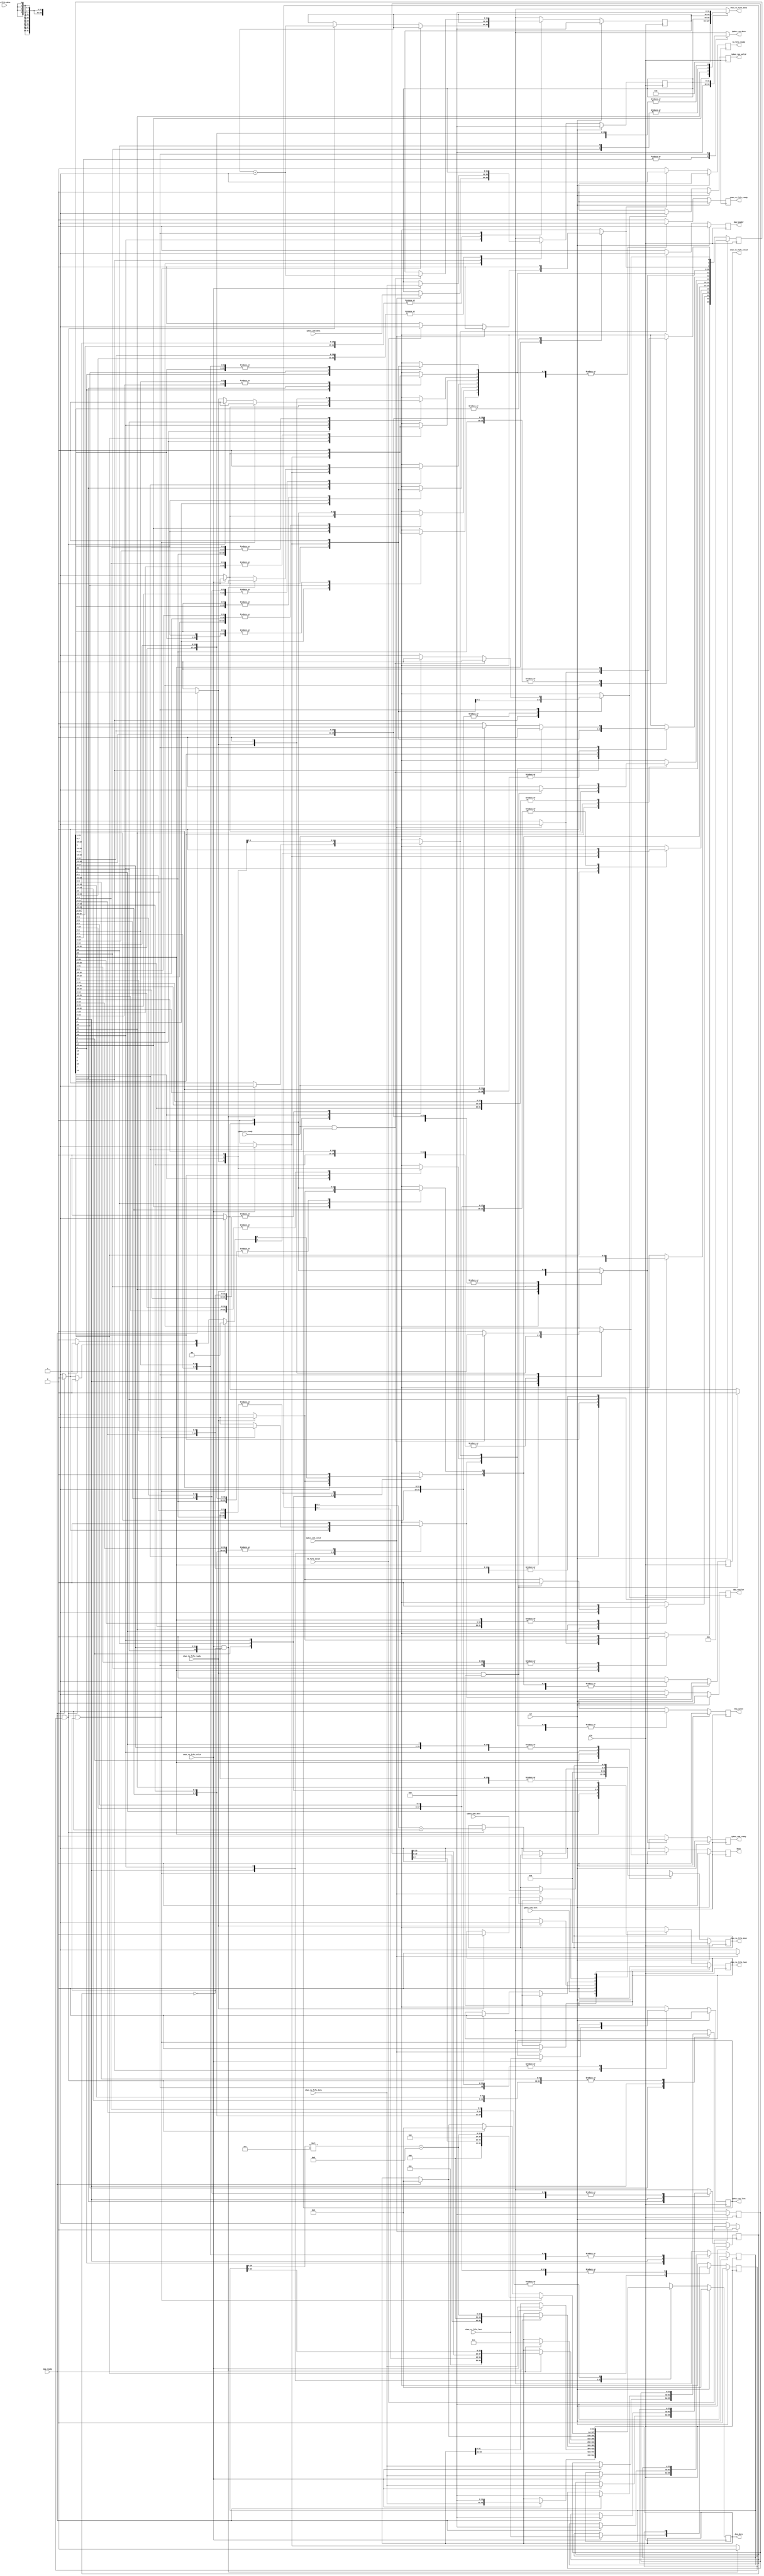
module commandManager (
  output reg busy,
  output reg chan_rx_fifo_ready,
  output reg [31:0] chan_tx_fifo_data,
  output reg [3:0] chan_tx_fifo_dest,
  output reg chan_tx_fifo_last,
  output reg chan_tx_fifo_valid,
  output reg [63:0] daq_data,
  output reg daq_header,
  output reg daq_trailer,
  output reg daq_valid,
  output reg ipbus_cmd_ready,
  output reg [31:0] ipbus_res_data,
  output reg ipbus_res_last,
  output reg ipbus_res_valid,
  output reg tm_fifo_ready,
  input wire [31:0] chan_rx_fifo_data,
  input wire chan_rx_fifo_last,
  input wire chan_rx_fifo_valid,
  input wire chan_tx_fifo_ready,
  input wire clk,
  input wire daq_ready,
  input wire [31:0] ipbus_cmd_data,
  input wire [3:0] ipbus_cmd_dest,
  input wire ipbus_cmd_last,
  input wire ipbus_cmd_valid,
  input wire ipbus_res_ready,
  input wire rst,
  input wire [23:0] tm_fifo_data,
  input wire tm_fifo_valid 
);
  
  // state bits
  parameter 
  IDLE                      = 0, 
  CHECK_LAST                = 1, 
  GET_TRIG_NUM              = 2, 
  READ_CHAN_BUF_SIZE        = 3, 
  READ_CHAN_CHAN_NUM        = 4, 
  READ_CHAN_DATA1           = 5, 
  READ_CHAN_DATA2           = 6, 
  READ_CHAN_POST_TRIG_COUNT = 7, 
  READ_CHAN_RC              = 8, 
  READ_CHAN_RSN             = 9, 
  READ_CHAN_TRIG_NUM        = 10, 
  READ_IPBUS_CMD            = 11, 
  READ_IPBUS_RES            = 12, 
  READ_IPBUS_RSN            = 13, 
  SEND_AMC13_HEADER1        = 14, 
  SEND_AMC13_HEADER2        = 15, 
  SEND_AMC13_TRAILER        = 16, 
  SEND_CHAN_CC              = 17, 
  SEND_CHAN_CSN             = 18, 
  SEND_CHAN_DATA            = 19, 
  SEND_CHAN_HEADER          = 20, 
  SEND_IPBUS_CMD            = 21, 
  SEND_IPBUS_CSN            = 22, 
  SEND_IPBUS_RES            = 23; 
  
  reg [23:0] state;
  reg [23:0] nextstate;
  reg [31:0] buf_size_buf;
  reg chan_data_last;
  reg [31:0] chan_num_buf;
  reg [31:0] csn;
  reg [31:0] ipbus_buf;
  reg [31:0] trig_num_buf;
  reg [31:0] next_buf_size_buf;
  reg next_chan_data_last;
  reg [31:0] next_chan_num_buf;
  reg [3:0] next_chan_tx_fifo_dest;
  reg next_chan_tx_fifo_last;
  reg [31:0] next_csn;
  reg [63:0] next_daq_data;
  reg [31:0] next_ipbus_buf;
  reg next_ipbus_res_last;
  reg [31:0] next_trig_num_buf;
  
  // comb always block
  always @* begin
    nextstate = 24'b000000000000000000000000;
    chan_tx_fifo_data[31:0] = 0; // default
    ipbus_res_data[31:0] = 0; // default
    next_buf_size_buf[31:0] = buf_size_buf[31:0];
    next_chan_data_last = chan_data_last;
    next_chan_num_buf[31:0] = chan_num_buf[31:0];
    next_chan_tx_fifo_dest[3:0] = chan_tx_fifo_dest[3:0];
    next_chan_tx_fifo_last = chan_tx_fifo_last;
    next_csn[31:0] = csn[31:0];
    next_daq_data[63:0] = daq_data[63:0];
    next_ipbus_buf[31:0] = ipbus_buf[31:0];
    next_ipbus_res_last = ipbus_res_last;
    next_trig_num_buf[31:0] = trig_num_buf[31:0];
    case (1'b1) // synopsys parallel_case full_case
      state[IDLE]                     : begin
        if (ipbus_cmd_valid) begin
          nextstate[SEND_IPBUS_CSN] = 1'b1;
          next_chan_tx_fifo_last = 0;
          next_chan_tx_fifo_dest[3:0] = ipbus_cmd_dest[3:0];
        end
        else if (tm_fifo_valid) begin
          nextstate[GET_TRIG_NUM] = 1'b1;
        end
        else begin
          nextstate[IDLE] = 1'b1; // Added because implied_loopback is true
        end
      end
      state[CHECK_LAST]               : begin
        begin
          nextstate[SEND_IPBUS_CMD] = 1'b1;
          next_chan_tx_fifo_last = ipbus_cmd_last;
        end
      end
      state[GET_TRIG_NUM]             : begin
        begin
          nextstate[SEND_CHAN_CSN] = 1'b1;
          next_chan_tx_fifo_last = 0;
          next_chan_tx_fifo_dest[3:0] = 0;
        end
      end
      state[READ_CHAN_BUF_SIZE]       : begin
        if (chan_rx_fifo_valid) begin
          nextstate[READ_CHAN_CHAN_NUM] = 1'b1;
          next_buf_size_buf[31:0] = chan_rx_fifo_data[31:0];
        end
        else begin
          nextstate[READ_CHAN_BUF_SIZE] = 1'b1; // Added because implied_loopback is true
        end
      end
      state[READ_CHAN_CHAN_NUM]       : begin
        if (chan_rx_fifo_valid) begin
          nextstate[READ_CHAN_POST_TRIG_COUNT] = 1'b1;
          next_chan_num_buf[31:0] = chan_rx_fifo_data[31:0];
        end
        else begin
          nextstate[READ_CHAN_CHAN_NUM] = 1'b1; // Added because implied_loopback is true
        end
      end
      state[READ_CHAN_DATA1]          : begin
        if (chan_rx_fifo_valid) begin
          nextstate[READ_CHAN_DATA2] = 1'b1;
          next_daq_data[63:0] = {chan_rx_fifo_data[31:0],32'h00000000};
        end
        else begin
          nextstate[READ_CHAN_DATA1] = 1'b1; // Added because implied_loopback is true
        end
      end
      state[READ_CHAN_DATA2]          : begin
        if (chan_rx_fifo_valid) begin
          nextstate[SEND_CHAN_DATA] = 1'b1;
          next_daq_data[63:0] = {daq_data[63:32],chan_rx_fifo_data[31:0]};
          next_chan_data_last = chan_rx_fifo_last;
        end
        else begin
          nextstate[READ_CHAN_DATA2] = 1'b1; // Added because implied_loopback is true
        end
      end
      state[READ_CHAN_POST_TRIG_COUNT]: begin
        if (chan_rx_fifo_valid && chan_num_buf[31:0]==32'h0) begin
          nextstate[SEND_AMC13_HEADER1] = 1'b1;
          next_daq_data[63:0] = {{8'h00,trig_num_buf[24:0]},{12'h000,buf_size_buf[19:0]*5+8}};
        end
        else if (chan_rx_fifo_valid) begin
          nextstate[SEND_CHAN_HEADER] = 1'b1;
        end
        else begin
          nextstate[READ_CHAN_POST_TRIG_COUNT] = 1'b1; // Added because implied_loopback is true
        end
      end
      state[READ_CHAN_RC]             : begin
        if (chan_rx_fifo_valid) begin
          nextstate[READ_CHAN_TRIG_NUM] = 1'b1;
        end
        else begin
          nextstate[READ_CHAN_RC] = 1'b1; // Added because implied_loopback is true
        end
      end
      state[READ_CHAN_RSN]            : begin
        if (chan_rx_fifo_valid) begin
          nextstate[READ_CHAN_RC] = 1'b1;
        end
        else begin
          nextstate[READ_CHAN_RSN] = 1'b1; // Added because implied_loopback is true
        end
      end
      state[READ_CHAN_TRIG_NUM]       : begin
        if (chan_rx_fifo_valid) begin
          nextstate[READ_CHAN_BUF_SIZE] = 1'b1;
          next_trig_num_buf[31:0] = chan_rx_fifo_data[31:0];
        end
        else begin
          nextstate[READ_CHAN_TRIG_NUM] = 1'b1; // Added because implied_loopback is true
        end
      end
      state[READ_IPBUS_CMD]           : begin
        if (ipbus_cmd_valid) begin
          nextstate[CHECK_LAST] = 1'b1;
          next_ipbus_buf[31:0] = ipbus_cmd_data[31:0];
        end
        else begin
          nextstate[READ_IPBUS_CMD] = 1'b1; // Added because implied_loopback is true
        end
      end
      state[READ_IPBUS_RES]           : begin
        if (chan_rx_fifo_valid) begin
          nextstate[SEND_IPBUS_RES] = 1'b1;
          next_ipbus_res_last = chan_rx_fifo_last;
          next_ipbus_buf[31:0] = chan_rx_fifo_data[31:0];
        end
        else begin
          nextstate[READ_IPBUS_RES] = 1'b1; // Added because implied_loopback is true
        end
      end
      state[READ_IPBUS_RSN]           : begin
        if (chan_rx_fifo_valid) begin
          nextstate[READ_IPBUS_RES] = 1'b1;
        end
        else begin
          nextstate[READ_IPBUS_RSN] = 1'b1; // Added because implied_loopback is true
        end
      end
      state[SEND_AMC13_HEADER1]       : begin
        if (daq_ready) begin
          nextstate[SEND_AMC13_HEADER2] = 1'b1;
          next_daq_data[63:0] = 64'h0000000000000001;
        end
        else begin
          nextstate[SEND_AMC13_HEADER1] = 1'b1; // Added because implied_loopback is true
        end
      end
      state[SEND_AMC13_HEADER2]       : begin
        if (daq_ready) begin
          nextstate[SEND_CHAN_HEADER] = 1'b1;
          next_daq_data[63:0] = {{8'h01,chan_num_buf[7:0]},{trig_num_buf[23:0],buf_size_buf[23:0]}};
        end
        else begin
          nextstate[SEND_AMC13_HEADER2] = 1'b1; // Added because implied_loopback is true
        end
      end
      state[SEND_AMC13_TRAILER]       : begin
        if (daq_ready) begin
          nextstate[IDLE] = 1'b1;
          next_daq_data[63:0] = 0;
          next_chan_num_buf[31:0] = 0;
          next_buf_size_buf[31:0] = 0;
          next_trig_num_buf[31:0] = 0;
        end
        else begin
          nextstate[SEND_AMC13_TRAILER] = 1'b1; // Added because implied_loopback is true
        end
      end
      state[SEND_CHAN_CC]             : begin
        chan_tx_fifo_data[31:0] = 32'h8;
        if (chan_tx_fifo_ready) begin
          nextstate[READ_CHAN_RSN] = 1'b1;
        end
        else begin
          nextstate[SEND_CHAN_CC] = 1'b1; // Added because implied_loopback is true
        end
      end
      state[SEND_CHAN_CSN]            : begin
        chan_tx_fifo_data[31:0] = csn[31:0];
        if (chan_tx_fifo_ready) begin
          nextstate[SEND_CHAN_CC] = 1'b1;
          next_chan_tx_fifo_last = 1;
        end
        else begin
          nextstate[SEND_CHAN_CSN] = 1'b1; // Added because implied_loopback is true
        end
      end
      state[SEND_CHAN_DATA]           : begin
        if (daq_ready && chan_data_last && chan_num_buf[31:0]==32'h0) begin
          nextstate[SEND_AMC13_TRAILER] = 1'b1;
          next_daq_data[63:0] = {32'h00000000,{{trig_num_buf[7:0],4'h0},buf_size_buf[19:0]*5+8}};
        end
        else if (daq_ready && chan_data_last) begin
          nextstate[SEND_CHAN_CSN] = 1'b1;
          next_daq_data[63:0] = 0;
          next_chan_tx_fifo_last = 0;
          next_chan_tx_fifo_dest[3:0] = chan_num_buf[3:0]+1;
          next_csn[31:0] = csn[31:0]+1;
        end
        else if (daq_ready) begin
          nextstate[READ_CHAN_DATA1] = 1'b1;
          next_daq_data[63:0] = 0;
        end
        else begin
          nextstate[SEND_CHAN_DATA] = 1'b1; // Added because implied_loopback is true
        end
      end
      state[SEND_CHAN_HEADER]         : begin
        if (daq_ready) begin
          nextstate[READ_CHAN_DATA1] = 1'b1;
        end
        else begin
          nextstate[SEND_CHAN_HEADER] = 1'b1; // Added because implied_loopback is true
        end
      end
      state[SEND_IPBUS_CMD]           : begin
        chan_tx_fifo_data[31:0] = ipbus_buf[31:0];
        if (chan_tx_fifo_ready && chan_tx_fifo_last) begin
          nextstate[READ_IPBUS_RSN] = 1'b1;
        end
        else if (chan_tx_fifo_ready) begin
          nextstate[READ_IPBUS_CMD] = 1'b1;
          next_chan_tx_fifo_last = 0;
        end
        else begin
          nextstate[SEND_IPBUS_CMD] = 1'b1; // Added because implied_loopback is true
        end
      end
      state[SEND_IPBUS_CSN]           : begin
        chan_tx_fifo_data[31:0] = csn[31:0];
        if (chan_tx_fifo_ready) begin
          nextstate[READ_IPBUS_CMD] = 1'b1;
        end
        else begin
          nextstate[SEND_IPBUS_CSN] = 1'b1; // Added because implied_loopback is true
        end
      end
      state[SEND_IPBUS_RES]           : begin
        ipbus_res_data[31:0] = ipbus_buf[31:0];
        if (ipbus_res_ready && ipbus_res_last) begin
          nextstate[IDLE] = 1'b1;
          next_csn[31:0] = csn[31:0]+1;
        end
        else if (ipbus_res_ready) begin
          nextstate[READ_IPBUS_RES] = 1'b1;
        end
        else begin
          nextstate[SEND_IPBUS_RES] = 1'b1; // Added because implied_loopback is true
        end
      end
    endcase
  end
  
  // sequential always block
  always @(posedge clk) begin
    if (rst) begin
      state <= 24'b000000000000000000000001 << IDLE;
      buf_size_buf[31:0] <= 0;
      chan_data_last <= 0;
      chan_num_buf[31:0] <= 0;
      chan_tx_fifo_dest[3:0] <= 0;
      chan_tx_fifo_last <= 0;
      csn[31:0] <= 0;
      daq_data[63:0] <= 0;
      ipbus_buf[31:0] <= 0;
      ipbus_res_last <= 0;
      trig_num_buf[31:0] <= 0;
      end
    else begin
      state <= nextstate;
      buf_size_buf[31:0] <= next_buf_size_buf[31:0];
      chan_data_last <= next_chan_data_last;
      chan_num_buf[31:0] <= next_chan_num_buf[31:0];
      chan_tx_fifo_dest[3:0] <= next_chan_tx_fifo_dest[3:0];
      chan_tx_fifo_last <= next_chan_tx_fifo_last;
      csn[31:0] <= next_csn[31:0];
      daq_data[63:0] <= next_daq_data[63:0];
      ipbus_buf[31:0] <= next_ipbus_buf[31:0];
      ipbus_res_last <= next_ipbus_res_last;
      trig_num_buf[31:0] <= next_trig_num_buf[31:0];
      end
  end
  
  // datapath sequential always block
  always @(posedge clk) begin
    if (rst) begin
      busy <= 0;
      chan_rx_fifo_ready <= 0;
      chan_tx_fifo_valid <= 0;
      daq_header <= 0;
      daq_trailer <= 0;
      daq_valid <= 0;
      ipbus_cmd_ready <= 0;
      ipbus_res_valid <= 0;
      tm_fifo_ready <= 0;
    end
    else begin
      busy <= 1; // default
      chan_rx_fifo_ready <= 0; // default
      chan_tx_fifo_valid <= 0; // default
      daq_header <= 0; // default
      daq_trailer <= 0; // default
      daq_valid <= 0; // default
      ipbus_cmd_ready <= 0; // default
      ipbus_res_valid <= 0; // default
      tm_fifo_ready <= 0; // default
      case (1'b1) // synopsys parallel_case full_case
        nextstate[IDLE]                     : begin
          busy <= 0;
        end
        nextstate[GET_TRIG_NUM]             : begin
          tm_fifo_ready <= 1;
        end
        nextstate[READ_CHAN_BUF_SIZE]       : begin
          chan_rx_fifo_ready <= 1;
        end
        nextstate[READ_CHAN_CHAN_NUM]       : begin
          chan_rx_fifo_ready <= 1;
        end
        nextstate[READ_CHAN_DATA1]          : begin
          chan_rx_fifo_ready <= 1;
        end
        nextstate[READ_CHAN_DATA2]          : begin
          chan_rx_fifo_ready <= 1;
        end
        nextstate[READ_CHAN_POST_TRIG_COUNT]: begin
          chan_rx_fifo_ready <= 1;
        end
        nextstate[READ_CHAN_RC]             : begin
          chan_rx_fifo_ready <= 1;
        end
        nextstate[READ_CHAN_RSN]            : begin
          chan_rx_fifo_ready <= 1;
        end
        nextstate[READ_CHAN_TRIG_NUM]       : begin
          chan_rx_fifo_ready <= 1;
        end
        nextstate[READ_IPBUS_CMD]           : begin
          ipbus_cmd_ready <= 1;
        end
        nextstate[READ_IPBUS_RES]           : begin
          chan_rx_fifo_ready <= 1;
        end
        nextstate[READ_IPBUS_RSN]           : begin
          chan_rx_fifo_ready <= 1;
        end
        nextstate[SEND_AMC13_HEADER1]       : begin
          daq_header <= 1;
          daq_valid <= 1;
        end
        nextstate[SEND_AMC13_HEADER2]       : begin
          daq_valid <= 1;
        end
        nextstate[SEND_AMC13_TRAILER]       : begin
          daq_trailer <= 1;
          daq_valid <= 1;
        end
        nextstate[SEND_CHAN_CC]             : begin
          chan_tx_fifo_valid <= 1;
        end
        nextstate[SEND_CHAN_CSN]            : begin
          chan_tx_fifo_valid <= 1;
        end
        nextstate[SEND_CHAN_DATA]           : begin
          daq_valid <= 1;
        end
        nextstate[SEND_CHAN_HEADER]         : begin
          daq_valid <= 1;
        end
        nextstate[SEND_IPBUS_CMD]           : begin
          chan_tx_fifo_valid <= 1;
        end
        nextstate[SEND_IPBUS_CSN]           : begin
          chan_tx_fifo_valid <= 1;
        end
        nextstate[SEND_IPBUS_RES]           : begin
          ipbus_res_valid <= 1;
        end
      endcase
    end
  end
  
  // This code allows you to see state names in simulation
  `ifndef SYNTHESIS
  reg [199:0] statename;
  always @* begin
    case (1'b1)
      state[IDLE]                     :
        statename = "IDLE";
      state[CHECK_LAST]               :
        statename = "CHECK_LAST";
      state[GET_TRIG_NUM]             :
        statename = "GET_TRIG_NUM";
      state[READ_CHAN_BUF_SIZE]       :
        statename = "READ_CHAN_BUF_SIZE";
      state[READ_CHAN_CHAN_NUM]       :
        statename = "READ_CHAN_CHAN_NUM";
      state[READ_CHAN_DATA1]          :
        statename = "READ_CHAN_DATA1";
      state[READ_CHAN_DATA2]          :
        statename = "READ_CHAN_DATA2";
      state[READ_CHAN_POST_TRIG_COUNT]:
        statename = "READ_CHAN_POST_TRIG_COUNT";
      state[READ_CHAN_RC]             :
        statename = "READ_CHAN_RC";
      state[READ_CHAN_RSN]            :
        statename = "READ_CHAN_RSN";
      state[READ_CHAN_TRIG_NUM]       :
        statename = "READ_CHAN_TRIG_NUM";
      state[READ_IPBUS_CMD]           :
        statename = "READ_IPBUS_CMD";
      state[READ_IPBUS_RES]           :
        statename = "READ_IPBUS_RES";
      state[READ_IPBUS_RSN]           :
        statename = "READ_IPBUS_RSN";
      state[SEND_AMC13_HEADER1]       :
        statename = "SEND_AMC13_HEADER1";
      state[SEND_AMC13_HEADER2]       :
        statename = "SEND_AMC13_HEADER2";
      state[SEND_AMC13_TRAILER]       :
        statename = "SEND_AMC13_TRAILER";
      state[SEND_CHAN_CC]             :
        statename = "SEND_CHAN_CC";
      state[SEND_CHAN_CSN]            :
        statename = "SEND_CHAN_CSN";
      state[SEND_CHAN_DATA]           :
        statename = "SEND_CHAN_DATA";
      state[SEND_CHAN_HEADER]         :
        statename = "SEND_CHAN_HEADER";
      state[SEND_IPBUS_CMD]           :
        statename = "SEND_IPBUS_CMD";
      state[SEND_IPBUS_CSN]           :
        statename = "SEND_IPBUS_CSN";
      state[SEND_IPBUS_RES]           :
        statename = "SEND_IPBUS_RES";
      default                  :
        statename = "XXXXXXXXXXXXXXXXXXXXXXXXX";
    endcase
  end
  `endif

endmodule